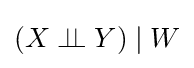
(X\perp \!\!\!\perp Y)\mid W